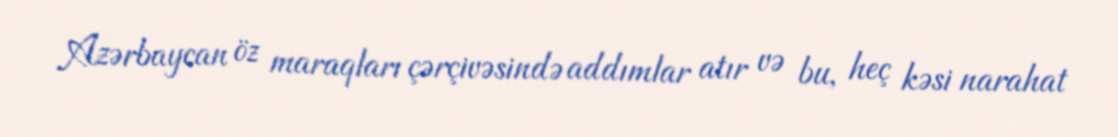
Azərbaycan öz maraqları çərçivəsində addımlar atır və bu, heç kəsi narahat